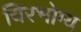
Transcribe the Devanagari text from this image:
चिरभोग्य